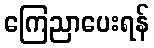
ကြေညာပေးရန်